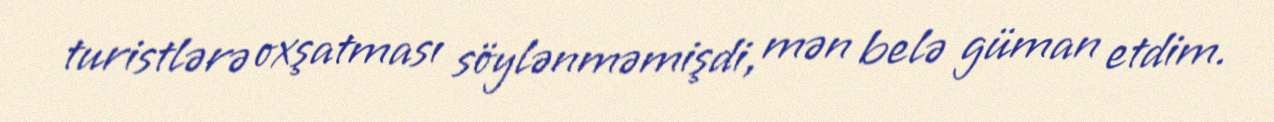
turistlərə oxşatması söylənməmişdi, mən belə güman etdim.